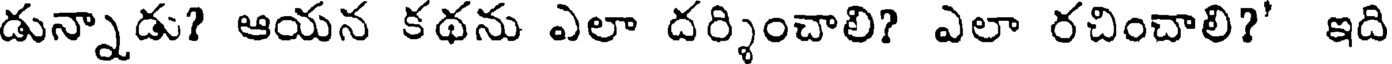
డున్నాడు? ఆయన కథను ఎలా దర్శించాలి? ఎలా రచించాలి?' ఇది